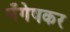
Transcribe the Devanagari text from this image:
मँगेषकर